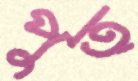
পুত্